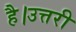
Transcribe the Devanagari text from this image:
है।उत्तरी